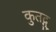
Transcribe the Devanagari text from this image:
कुतद्गु